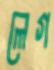
লেগ